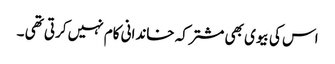
اس کی بیوی بھی مشترکہ خاندانی کام نہیں کرتی تھی ۔